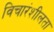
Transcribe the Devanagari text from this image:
विचारंशीलता